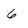
Character: 6